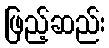
ဖြည့်ဆည်း